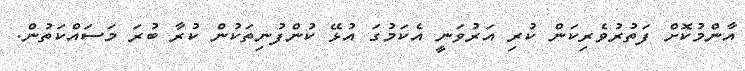
އާންމުކޮށް ފަތުރުވެރިކަން ކުރި އަރުވަނީ އެކަމުގަ އުޅޭ ކުންފުނިތަކުން ކުރާ ބުރަ މަސައްކަތުން.